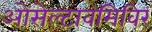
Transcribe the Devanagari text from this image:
ओसेल्टावमिविर